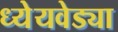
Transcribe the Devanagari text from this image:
ध्येेयवेड्या